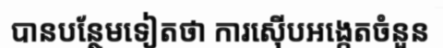
បានបន្ថែមទៀតថា ការស៊ើបអង្កេតចំនួន